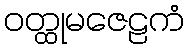
ဝတ္ထုမဇေဠကံ